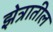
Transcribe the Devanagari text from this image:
झेत्रातील